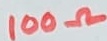
Text: 100Ω